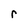
Character: r